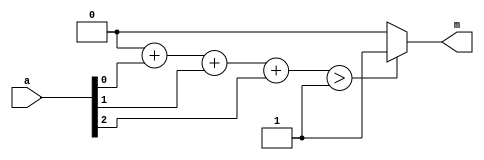
`timescale 1ns / 1ps
module Single_Maj_M(
    	a,
    	m
    );
	
	parameter M = 3;
	parameter M_log2 = $clog2(M);

	input [M-1:0] a;
	
	output m;

	reg [M_log2-1:0] sum;
	integer i;
	always @(*) begin
		sum = 0;
		for (i = 0; i < M; i = i + 1)begin
			sum = sum + a[i];
		end
	end

    assign m =  (sum > ((M-1)/2))? 1'b1: 1'b0;
 
endmodule